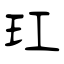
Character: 玒